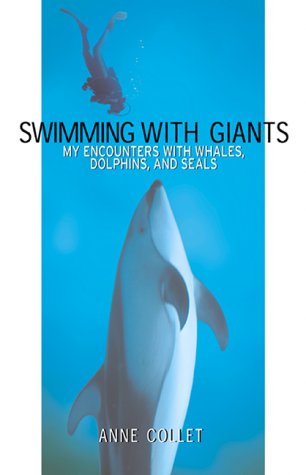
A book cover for Swimming with Giants: My Encounters with Whales, Dolphins and Seals; Anne Collet; Sports & Outdoors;